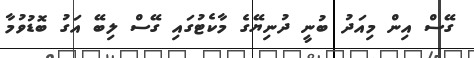
ގޭސް އިން މިއަދު ބުނީ ދުނިޔޭގެ މާކެޓުގައި ގޭސް ލިބޭ އަގު ބޮޑުވުމާ